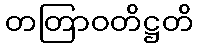
တတြာဝတိဋ္ဌတိ